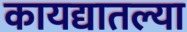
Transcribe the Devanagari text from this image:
कायद्यातल्या